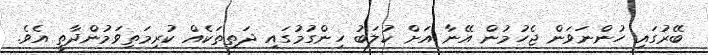
ބޭރުގައި ހުންނަވަން ޖެހުމުން އޭނާ އަށް ކުލަބު ހިންގުމުގައި ދަތިތަކެއް ކުރިމަތިވަމުންދާތީ އެވެ.